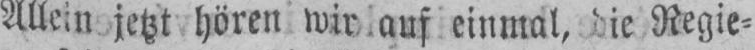
Allein jetzt hören wirauf einmal, die Regie⸗